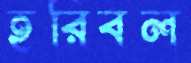
হরিবল